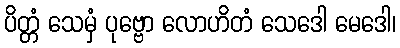
ပိတ္တံ သေမှံ ပုဗ္ဗော လောဟိတံ သေဒေါ မေဒေါ၊